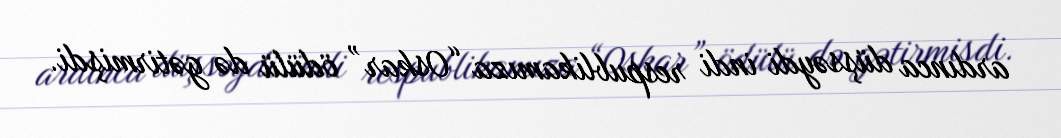
ardınca düşsəydi indi respublikamıza “Oskar” ödülü də gətirmişdi.